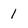
Character: 1